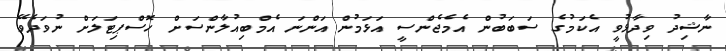
ނާޝިދު ވިދާޅުވީ އެކަމުގެ ސަބަބުން އެމެޖެންސީ އަޅަމުން އަންނަ އެމްބިއުލާންސަށް ހޮސްޕިޓަލަށް ނުވަދެވޭ